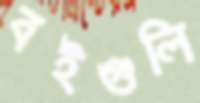
বইগুলি